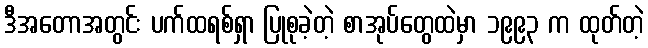
ဒီအတောအတွင်း ပက်ထရစ်ရှာ ပြုစုခဲ့တဲ့ စာအုပ်တွေထဲမှာ ၁၉၉၃ က ထုတ်တဲ့